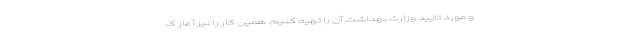
و مورد تایید وزارت بهداشت آن را تهیه کنیم. همین کار را نیز آغاز ک